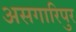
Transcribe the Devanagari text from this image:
असगारिपुर